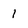
Character: 1